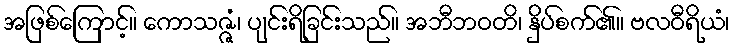
အဖြစ်ကြောင့်။ ကောသဇ္ဇံ၊ ပျင်းရိခြင်းသည်။ အဘီဘဝတိ၊ နှိပ်စက်၏။ ဗလဝီရိယံ၊